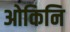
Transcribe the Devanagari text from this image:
ओकिनि